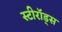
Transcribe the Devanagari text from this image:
स्टीरॉड्स